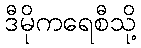
ဒီမိုကရေစီသို့